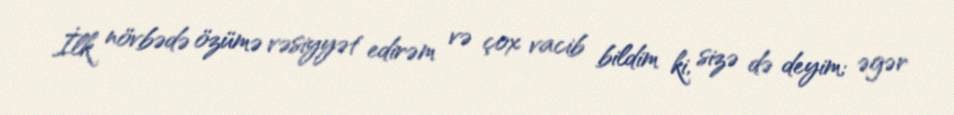
İlk növbədə özümə vəsiyyət edirəm və çox vacib bildim ki, sizə də deyim; əgər